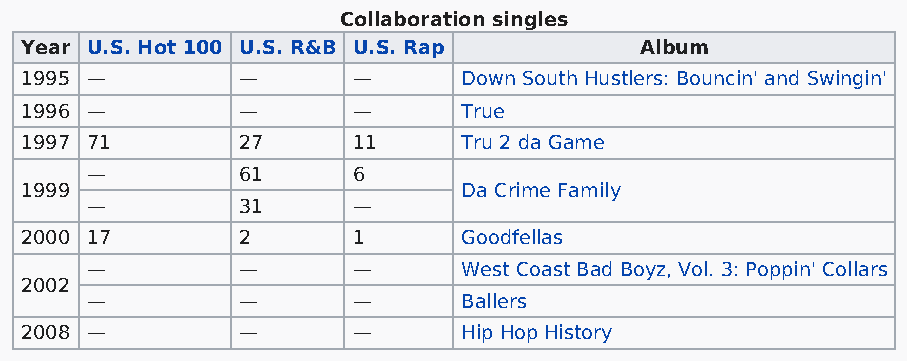
Collaboration singles
 Year U.S. Hot 100 U.S. R&B U.S. Rap      Album
 1995 —         —      —       Down South Hustlers: Bouncin' and Swingin'
 1996 —         —      —       True
 1997 71        27     11      Tru 2 da Game
 —         61     6
 1999                          Da Crime Family
 —         31     —
 2000 17        2      1       Goodfellas
 —         —      —       West Coast Bad Boyz, Vol. 3: Poppin' Collars
 2002
 —         —      —       Ballers
 2008 —         —      —       Hip Hop History